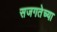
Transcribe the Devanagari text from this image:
सजगतेच्या